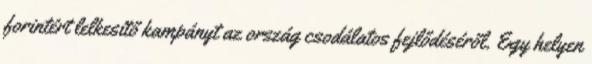
forintért lelkesítő kampányt az ország csodálatos fejlődéséről. Egy helyen